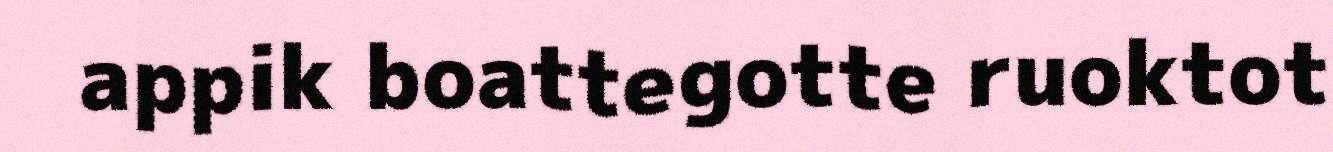
appik boattegotte ruoktot